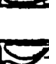
ఆ